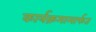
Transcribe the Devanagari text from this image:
कार्यक्रमामार्फत